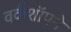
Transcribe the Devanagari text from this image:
वर्कशॉपने